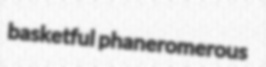
basketful phaneromerous